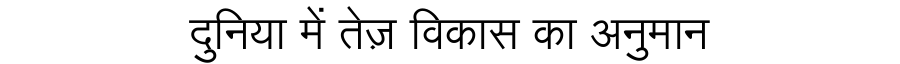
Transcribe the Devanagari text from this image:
दुनिया में तेज़ विकास का अनुमान